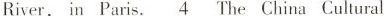
River, in Paris. \underline{4} The China Cultural